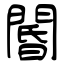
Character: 閽